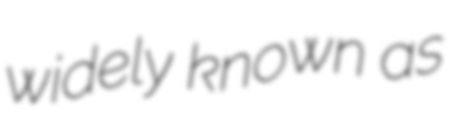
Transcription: widely known as